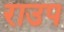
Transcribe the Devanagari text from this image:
राउप